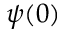
\psi ( 0 )